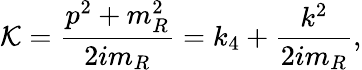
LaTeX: \mathcal{K}=\frac{{p^{2}+m_{R}^{2}}}{{2im_{R}}}=k_{4}+\frac{{k^{2}}}{{2im_{R}}},